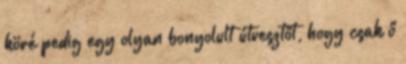
köré pedig egy olyan bonyolult útvesztőt, hogy csak ő